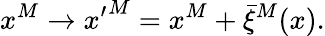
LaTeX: x^{M}\to{x^{\prime}}^{M}=x^{M}+\bar{\xi}^{M}(x).